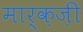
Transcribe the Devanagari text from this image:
मार्क़ज़ी